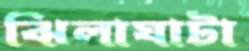
ঝিলাঘাটা